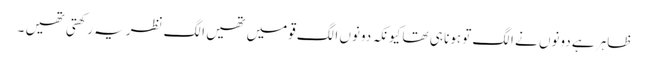
ظاہر ہے دونوں نے الگ تو ہونا ہی تھا کیونکہ دونوں الگ قومیں تھیں الگ نظریہ رکھتی تھیں ۔